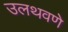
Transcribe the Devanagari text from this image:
उलथवणे